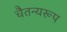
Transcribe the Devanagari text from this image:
चैतन्यरूप